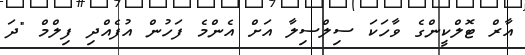
އާރް ޓޮލްކީންގެ ވާހަކަ ސިލްސިލާ އަށް އެންމެ ފަހުން އުފެއްދި ފިލްމް "ދަ